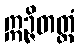
ဣဉ္ဇိတတ္တံ